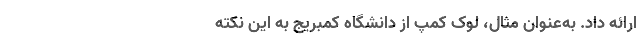
ارائه داد. به‌عنوان مثال، لوک کِمپ از دانشگاه کمبریج به این نکته